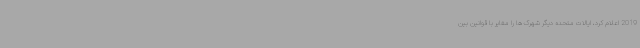
2019 اعلام کرد، ایالات متحده دیگر شهرک ها را مغایر با قوانین بین